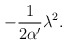
\begin{align*}-\frac{1}{2\alpha '} \lambda ^{2} . \end{align*}